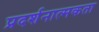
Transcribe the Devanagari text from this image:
प्रदर्शनात्मकता